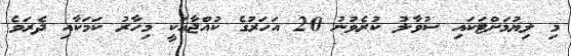
މި ލިޔުމަށްޓަކައި ސުވާލު ކުރެވުނު 20 އަހަރުގެ ކުއްޖާއަކީ މިހާރު ކަމަކާއި ދެރަވެ